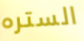
الستره